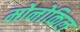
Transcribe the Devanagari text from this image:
मोनोकिल